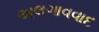
અલગાવવાદ